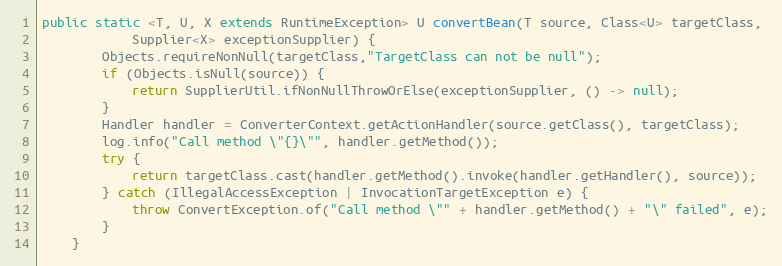
Language: Java
public static <T, U, X extends RuntimeException> U convertBean(T source, Class<U> targetClass,
            Supplier<X> exceptionSupplier) {
        Objects.requireNonNull(targetClass,"TargetClass can not be null");
        if (Objects.isNull(source)) {
            return SupplierUtil.ifNonNullThrowOrElse(exceptionSupplier, () -> null);
        }
        Handler handler = ConverterContext.getActionHandler(source.getClass(), targetClass);
        log.info("Call method \"{}\"", handler.getMethod());
        try {
            return targetClass.cast(handler.getMethod().invoke(handler.getHandler(), source));
        } catch (IllegalAccessException | InvocationTargetException e) {
            throw ConvertException.of("Call method \"" + handler.getMethod() + "\" failed", e);
        }
    }